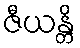
ဇီယန္တိ